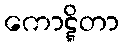
ကောဋ္ဋိတာ